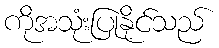
ကိုအသုံးပြုနိုင်သည်